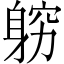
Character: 𲄢